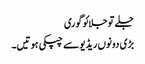
جلے تو جلائو گوری
بڑی دونوں ریڈیو سے چپکی ہوتیں۔